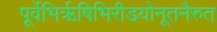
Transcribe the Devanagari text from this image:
पूर्वेभिर्ऋषिभिरीडयोनूतनैरुत